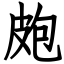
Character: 皰